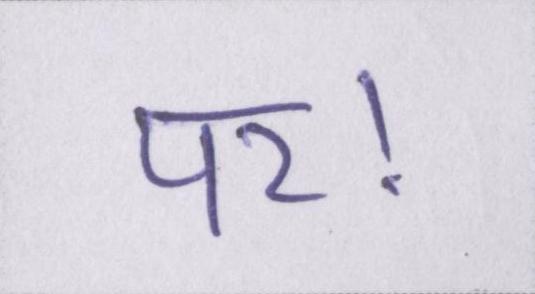
पर।